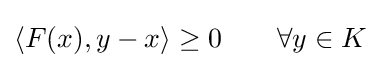
\langle F(x),y-x\rangle \geq 0\qquad \forall y\in K